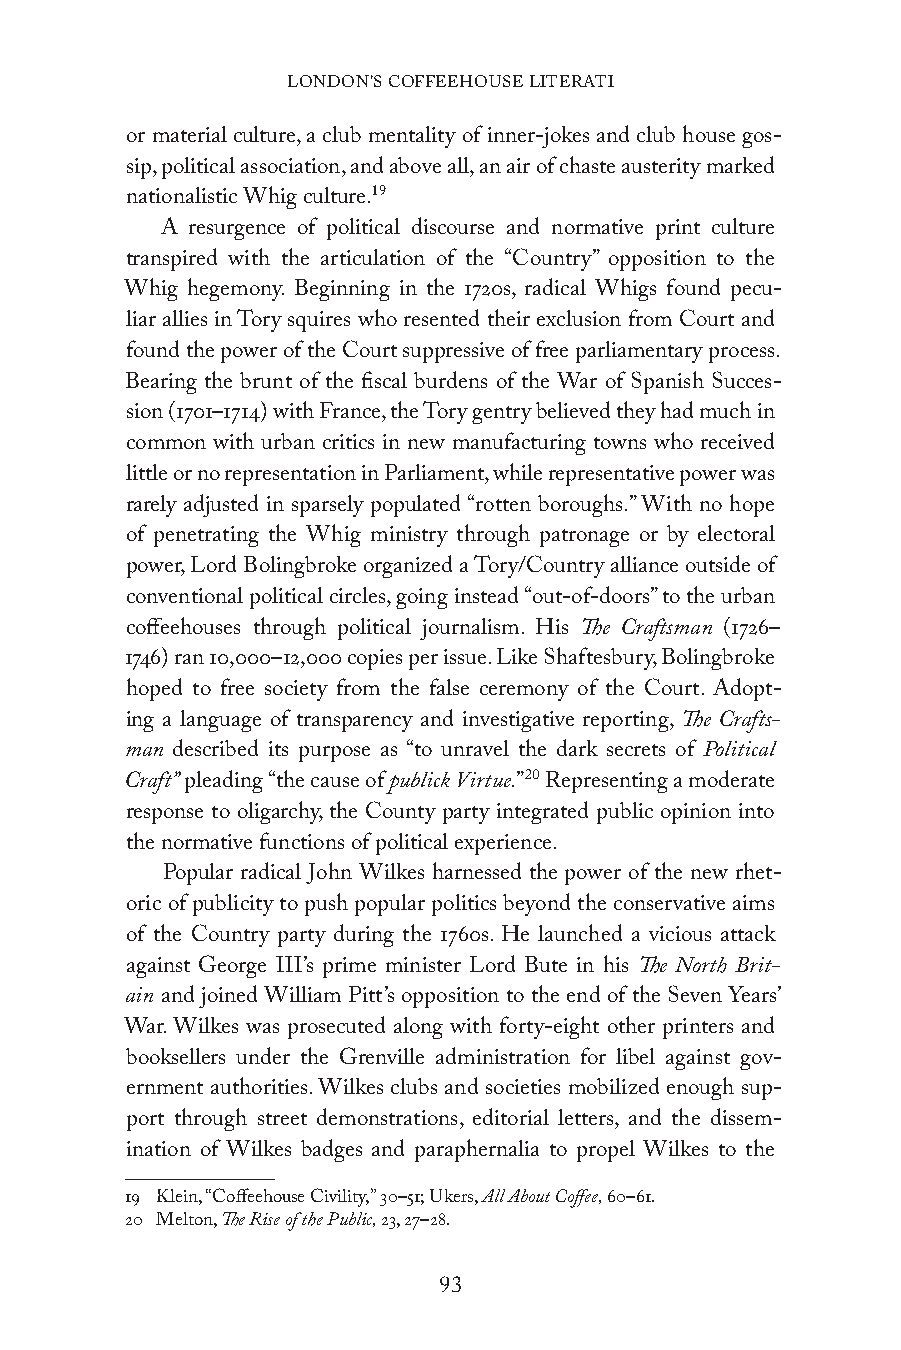
LONDON’S COFFEEHOUSE LITERATI
 or material culture, a club mentality of inner-jokes and club house gos-
 sip, political association, and above all, an air of chaste austerity marked
 nationalistic Whig culture.19
 A resurgence of political discourse and normative print culture
 transpired with the articulation of the “Country” opposition to the
 Whig hegemony. Beginning in the 1720s, radical Whigs found pecu-
 liar allies in Tory squires who resented their exclusion from Court and
 found the power of the Court suppressive of free parliamentary process.
 Bearing the brunt of the fiscal burdens of the War of Spanish Succes-
 sion (1701–1714) with France, the Tory gentry believed they had much in
 common with urban critics in new manufacturing towns who received
 little or no representation in Parliament, while representative power was
 rarely adjusted in sparsely populated “rotten boroughs.” With no hope
 of penetrating the Whig ministry through patronage or by electoral
 power, Lord Bolingbroke organized a Tory/Country alliance outside of
 conventional political circles, going instead “out-of-doors” to the urban
 coffeehouses through political journalism. His The Craftsman (1726–
 1746) ran 10,000–12,000 copies per issue. Like Shaftesbury, Bolingbroke
 hoped to free society from the false ceremony of the Court. Adopt-
 ing a language of transparency and investigative reporting, The Crafts-
 man described its purpose as “to unravel the dark secrets of Political
 Craft” pleading “the cause of publick Virtue.”20 Representing a moderate
 response to oligarchy, the County party integrated public opinion into
 the normative functions of political experience.
 Popular radical John Wilkes harnessed the power of the new rhet-
 oric of publicity to push popular politics beyond the conservative aims
 of the Country party during the 1760s. He launched a vicious attack
 against George III’s prime minister Lord Bute in his The North Brit-
 ain and joined William Pitt’s opposition to the end of the Seven Years’
 War. Wilkes was prosecuted along with forty-eight other printers and
 booksellers under the Grenville administration for libel against gov-
 ernment authorities. Wilkes clubs and societies mobilized enough sup-
 port through street demonstrations, editorial letters, and the dissem-
 ination of Wilkes badges and paraphernalia to propel Wilkes to the
 19 Klein, “Coffeehouse Civility,” 30–51; Ukers, All About Coffee, 60–61.
 20 Melton, The Rise of the Public, 23, 27–28.
 93